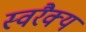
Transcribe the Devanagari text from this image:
स्वरैक्य